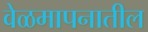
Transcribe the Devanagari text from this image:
वेळमापनातील